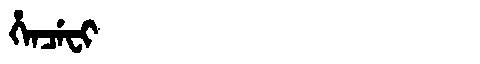
Manchu: ᡥᡝᠨᠴᡝᠸᡳ
Romanization: HENCEFI